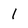
Character: 1